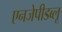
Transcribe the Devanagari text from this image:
एनजेपीडब्लू